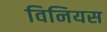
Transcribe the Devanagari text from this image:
विनियस